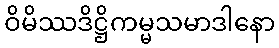
ဝိမိဿဒိဋ္ဌိကမ္မသမာဒါနော